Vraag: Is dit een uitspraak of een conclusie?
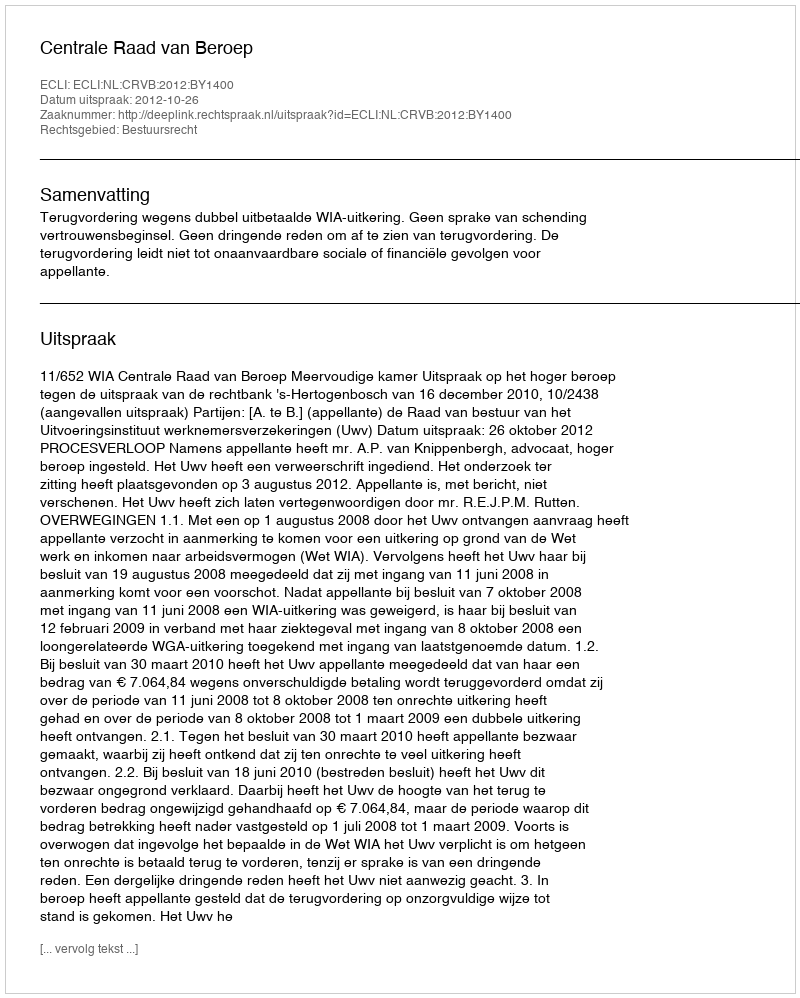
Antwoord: Uitspraak